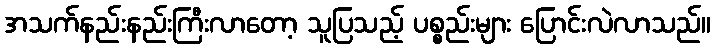
အသက်နည်းနည်းကြီးလာတော့ သူပြသည့် ပစ္စည်းများ ပြောင်းလဲလာသည်။